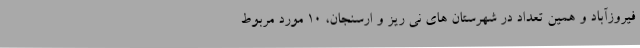
فیروزآباد و همین تعداد در شهرستان های نی ریز و ارسنجان، 10 مورد مربوط